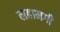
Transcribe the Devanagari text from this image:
लहानगी